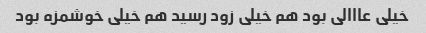
خیلی عااالی بود هم خیلی زود رسید هم خیلی خوشمزه بود